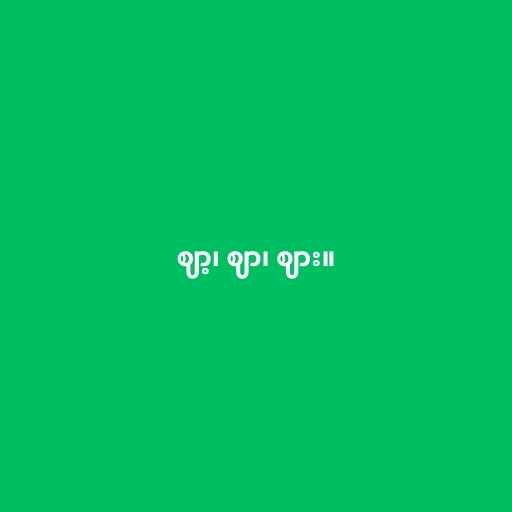
ဈာ့၊ ဈာ၊ ဈား။